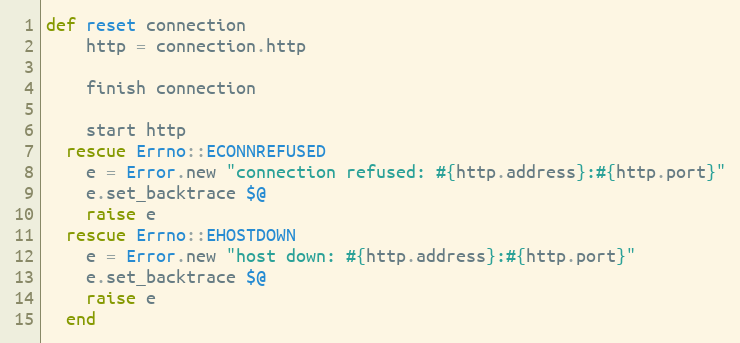
Language: Ruby
def reset connection
    http = connection.http

    finish connection

    start http
  rescue Errno::ECONNREFUSED
    e = Error.new "connection refused: #{http.address}:#{http.port}"
    e.set_backtrace $@
    raise e
  rescue Errno::EHOSTDOWN
    e = Error.new "host down: #{http.address}:#{http.port}"
    e.set_backtrace $@
    raise e
  end